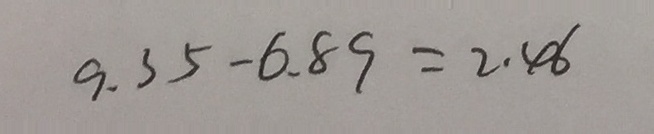
9 . 3 5 - 6 . 8 9 = 2 . 4 6